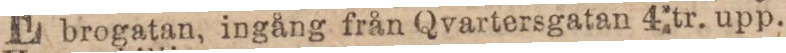
brogatan, ingång från Qvartersgatan 4 tr. upp.